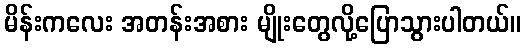
မိန်းကလေး အတန်းအစား မျိုးတွေလို့ပြောသွားပါတယ်။